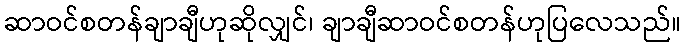
ဆာဝင်စတန်ချာချီဟုဆိုလျှင်၊ ချာချီဆာဝင်စတန်ဟုပြလေသည်။